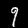
Digit: 9